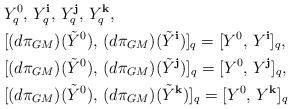
LaTeX: \begin{align*}&Y^{0}_{q},\,Y^{\bf i}_{q},\,Y^{\bf j}_{q},\,Y^{\bf k}_{q},\\&[(d\pi_{GM})(\tilde{Y}^{0}),\,(d\pi_{GM})(\tilde{Y}^{\bf i})]_{q}=[Y^{0},\,Y^{\bf i}]_{q},\\&[(d\pi_{GM})(\tilde{Y}^{0}),\,(d\pi_{GM})(\tilde{Y}^{\bf j})]_{q}=[Y^{0},\,Y^{\bf j}]_{q},\\&[(d\pi_{GM})(\tilde{Y}^{0}),\,(d\pi_{GM})(\tilde{Y}^{\bf k})]_{q}=[Y^{0},\,Y^{\bf k}]_{q}\end{align*}